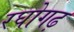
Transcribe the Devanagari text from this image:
रघोगढ़